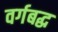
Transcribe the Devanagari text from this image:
वर्गबद्ध